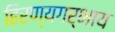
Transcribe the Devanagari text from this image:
हिरण्यगर्भाय